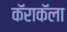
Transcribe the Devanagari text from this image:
कॅराकॅला